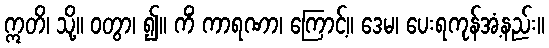
ဣတိ၊ သို့။ ဝတွာ၊ ၍။ ကိံ ကာရဏာ၊ ကြောင့်။ ဒေမ၊ ပေးရကုန်အံ့နည်း။